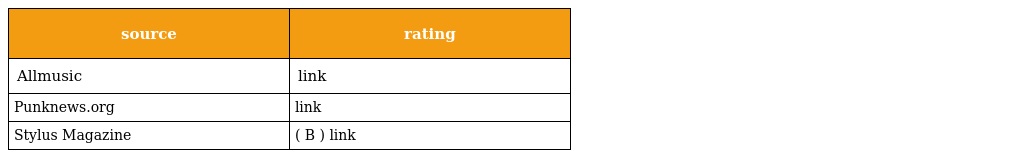
| source | rating |
 | --- | --- |
 | Allmusic | link |
 | Punknews.org | link |
 | Stylus Magazine | ( B ) link |